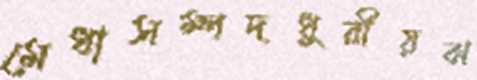
মেধাসম্পদধুরীয়ঝ